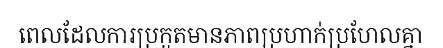
ពេលដែលការប្រកួតមានភាពប្រហាក់ប្រហែលគ្នា